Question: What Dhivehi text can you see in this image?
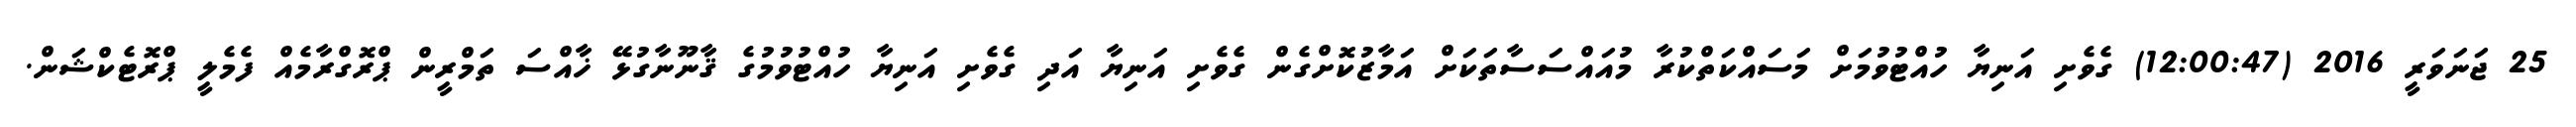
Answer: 25 ޖަނަވަރީ 2016 (12:00:47) ގެވެށި އަނިޔާ ހުއްޓުވުމަށް މަސައްކަތްކުރާ މުއައްސަސާތަކަށް އަމާޒުކޮށްގެން ގެވެށި އަނިޔާ އަދި ގެވެށި އަނިޔާ ހުއްޓުވުމުގެ ޤާނޫނާގުޅޭ ޚާއްސަ ތަމްރީން ޕްރޮގްރާމެއް ފެމެލީ ޕްރޮޓެކްޝަން.